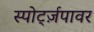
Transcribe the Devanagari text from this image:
स्पोर्ट्ज़पावर